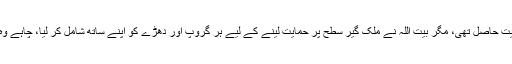
غیر ملکی ازبک، چیچن گوریلوں کی اسے حمایت حاصل تھی، مگر بیت اللہ نے ملک گیر سطح پر حمایت لینے کے لیے ہر گروپ اور دھڑے کو اپنے ساتھ شامل کر لیا، چاہے وہ براہ راست اس کی کمانڈ میں نہیں رہتے تھے۔